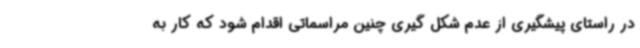
در راستای پیشگیری از عدم شکل گیری چنین مراسماتی اقدام شود که کار به